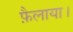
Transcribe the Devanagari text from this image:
फ़ैलाया।